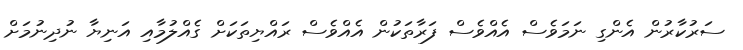
ސަރުކާރުން އެންގި ނަަމަވެސް އެއްވެސް ފަރާތަކުން އެއްވެސް ރައްޔިތަކަށް ގެއްލުމާއި އަނިޔާ ނުދިނުމަށް